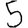
Digit: 5